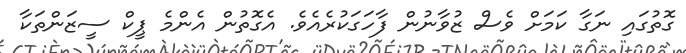
ގޮތުގައި ނަގާ ކަމަށް ވެސް ޒުވާނުން ފާހަގަކުރެއެވެ. އެގޮތުން އެންމެ ޕީކް ސީޒަންތަކާ